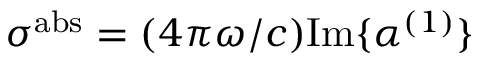
\sigma ^ { \mathrm { a b s } } = ( 4 \pi \omega / c ) \mathrm { I m } \{ \alpha ^ { ( 1 ) } \}